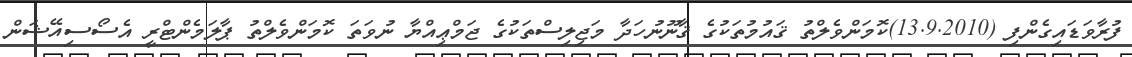
ފުރާވަޑައިގެންފި (13.9.2010)ކޮމަންވެލްތު ޤައުމުތަކުގެ ޤާނޫނުހަދާ މަޖިލިސްތަކުގެ ޖަމްޢިއްޔާ ނުވަތަ ކޮމަންވެލްތު ޕާލަމެންޓްރީ އެސޯސިއޭޝަން